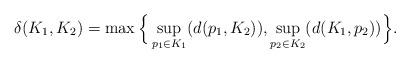
LaTeX: \begin{gather*}\delta(K_1,K_2)=\max\Big\{\sup_{p_1\in K_1}(d(p_1,K_2)),\sup_{p_2\in K_2}(d(K_1,p_2))\Big\}.\end{gather*}